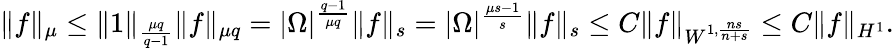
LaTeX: \begin{array}{r}{\| f\| _{\mu}\leq\| 1\| _{\frac{\mu q}{q-1}}\| f\| _{\mu q}=|\Omega|^{\frac{q-1}{\mu q}}\| f\| _{s}=|\Omega|^{\frac{\mu s-1}{s}}\| f\| _{s}\leq C\| f\| _{W^{1,\frac{ns}{n+s}}}\leq C\| f\| _{H^{1}}.}\end{array}